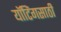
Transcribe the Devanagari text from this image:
यॉटिंगसाठी